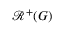
{ \mathcal { R } } ^ { + } ( G )